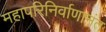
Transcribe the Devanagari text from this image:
महापरिनिर्वाणानंत